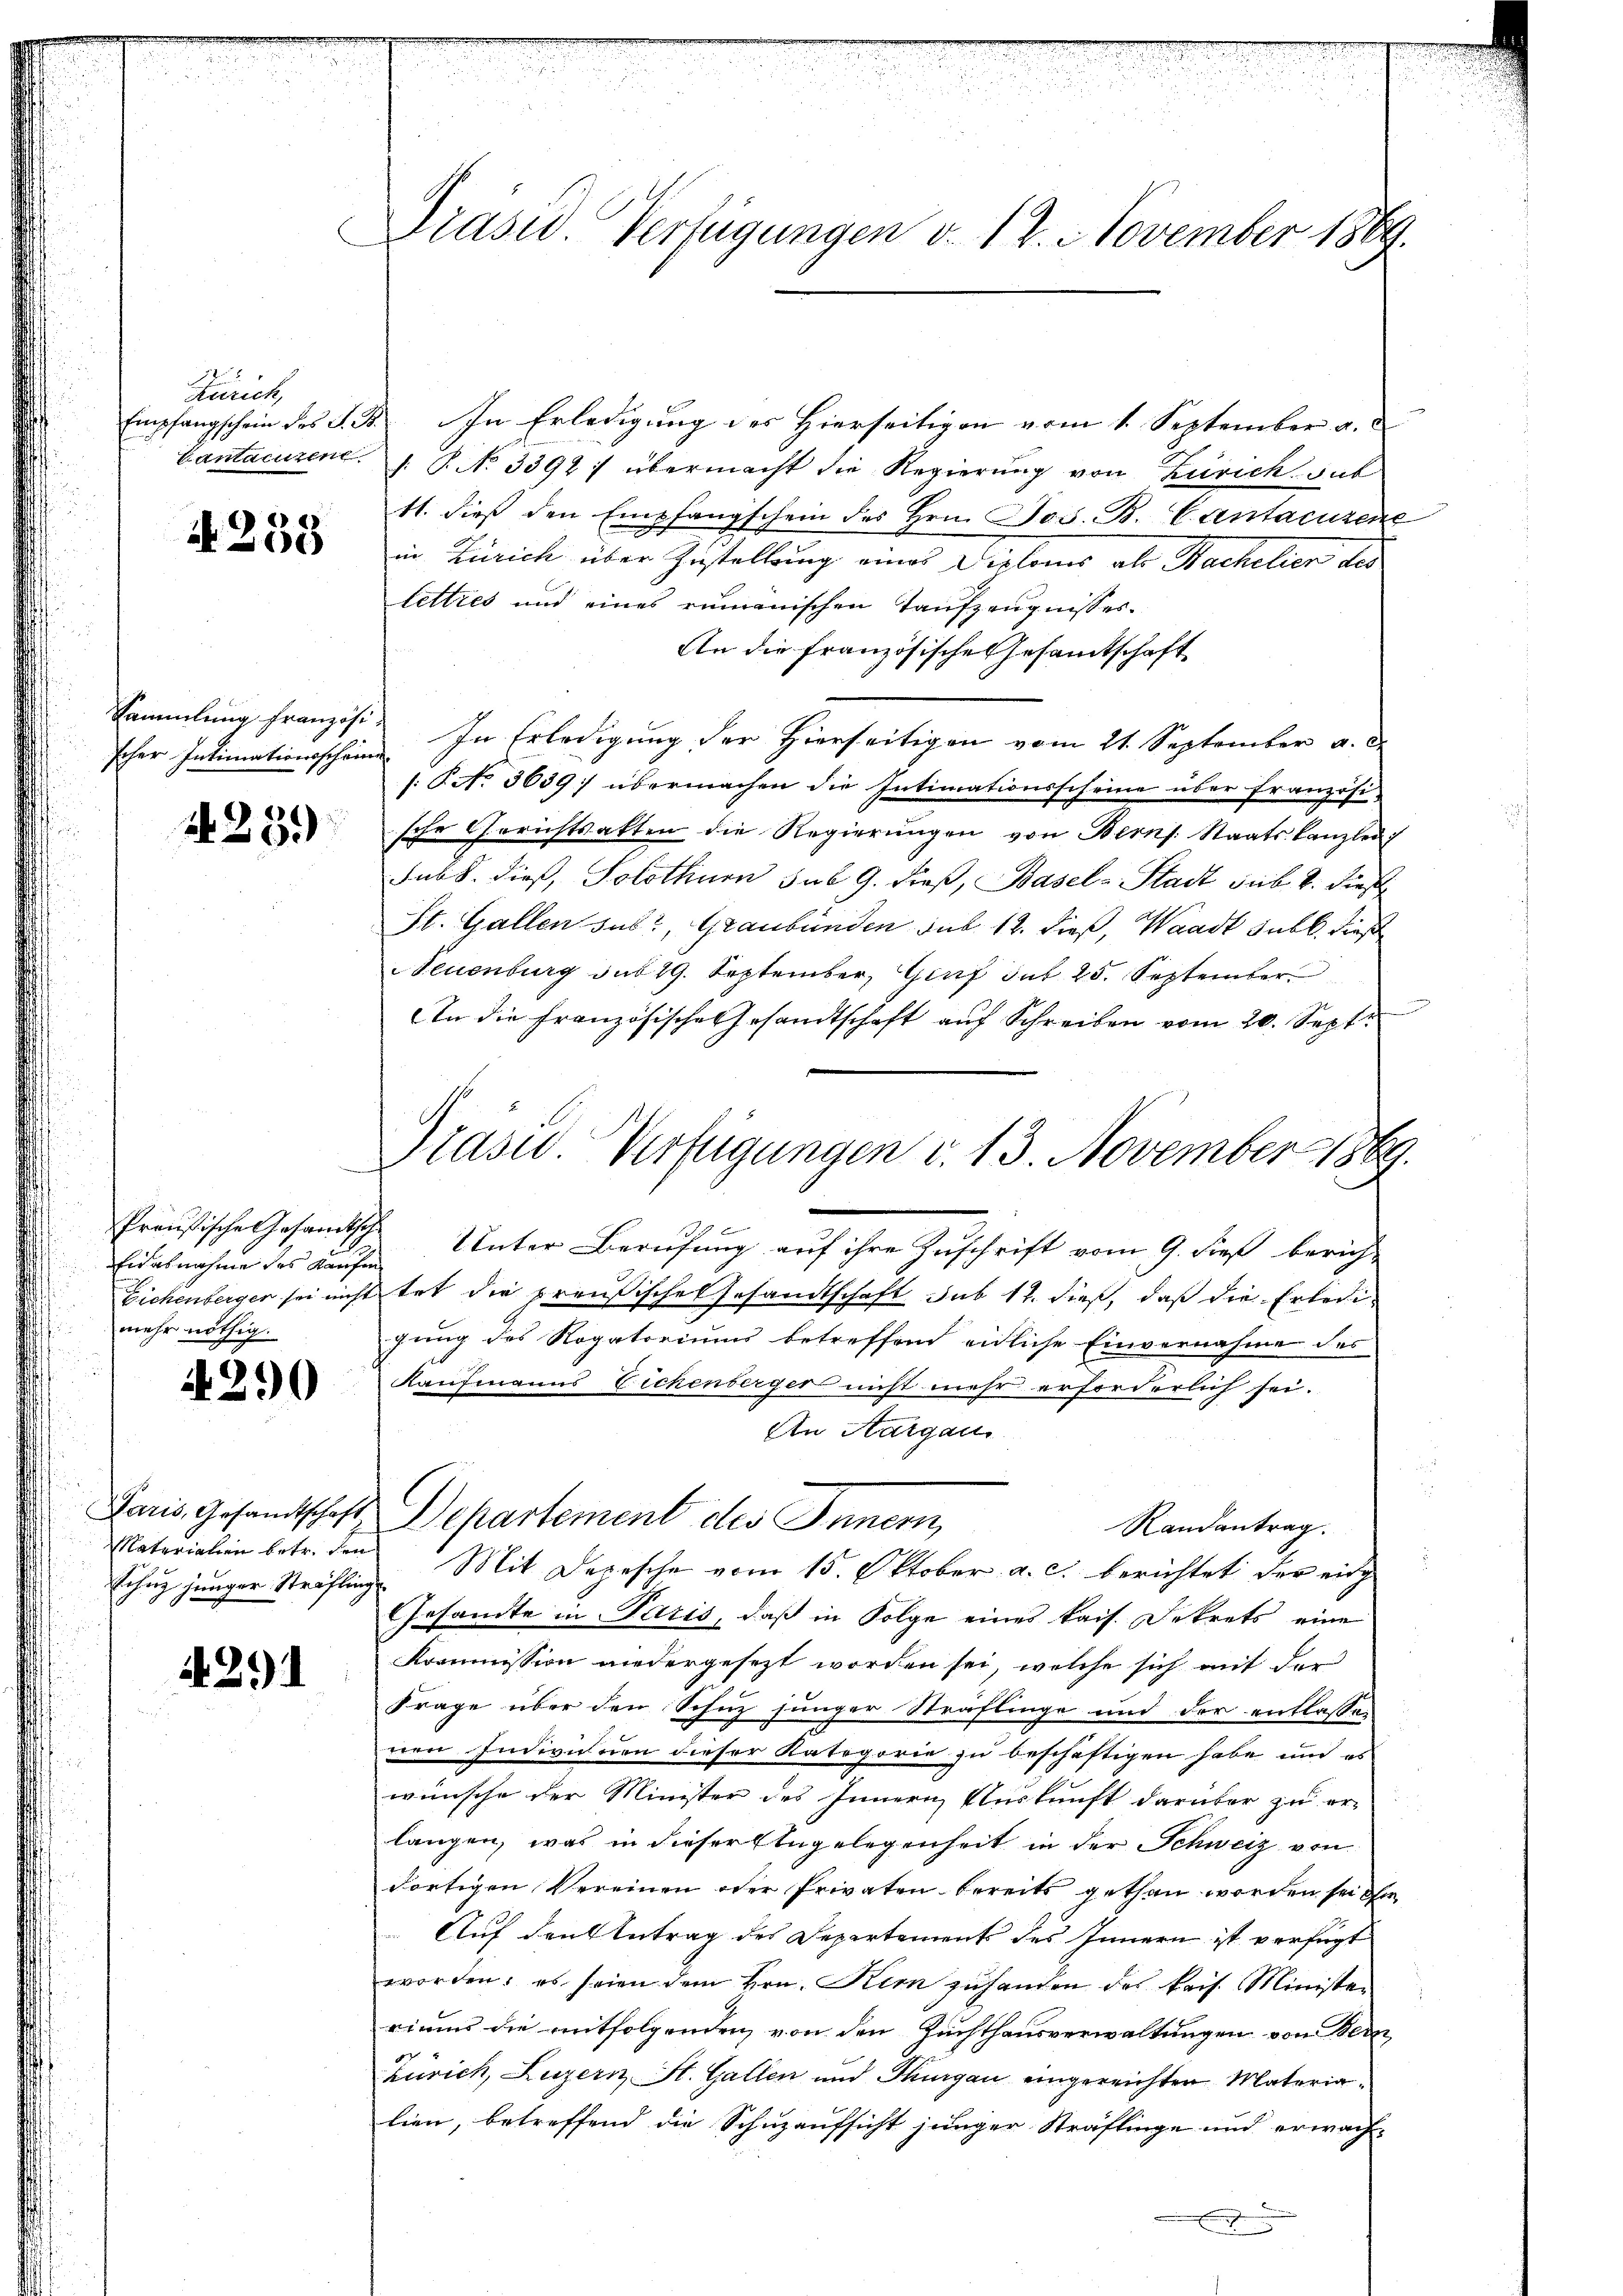
Hanck
Empfangschein des S. 33
Cantatutene

A 258

Sammlung französi
scher Intimationsschein

1281)

Präusische Gesandtsch
Eidasnahme des Kaufen
Eichenberger sei nicht
mehr nöthig.

290

Paris, Gesandtschaft
Materialien betr. den
Eihnz junger Sträfling

A. 291

.
Präses Verfügungen v. 12. November 1869.

Praser Verfügungen v. 13. November 1889.

In Erledigung des Hierseitigen vom 1. September a.
: P. No 3392: übermacht die Regierung von Zürich sub
11. dieß den Empfangschein des Hrn. Jos. B. Cantacuzene
in Zürich über Zustellung eines Diplomes als Bachelier des
lettres und eines rumanischen Taufzeugnisses.
An die französische Gesamtschaft
In Erledigung der Hierseitigen vom 21. September a. c.
/: P. No. 3639) übermachen die Intimationsscheine über französi-
sche Gerichtsatten die Regierŭngen von Berns. Staatskanzlei
sub 8. dieß, Solothurn sub 9. dieß, Basel-Stadt sub. 2. Dies
St. Gallen sus, Graubünden sub 12. dieß, Waadt sub. diese
Neuenburg sub 19. September, Genf gut 25. September
An die französische Gesandtschaft aŭf Schreiben vom 20. Sept.
Unter Berufung auf ihre Zuschrift vom 9. dieß berichtet die preußischen Gesandtschaft sub 12. dieß, daß die Erledigung des Rogatoriums betreffend endliche Einvernahme des
Kaufmanns Eichenberger nicht mehr erforderlich sei.
An Aargaus
Departement des Innern,
Randantrag.
Mit Depesche vom 15. Oktober a. c. berichtet der eidg
Gesandte in Paris, daß in Folge eines kais. Dekrets eine
Kommission niedergesezt worden sei, welche sich mit der
Frage über den Schinz junger Straflinge und der entlassen
ren Individuen dieser Kategorie zu beschäftigen habe und es
wünsche der Minister des Innern Auskunft darüber zu er-
langen, was in dieser Engelegenheit in der Schweiz von
dortigen Vereinen oder Privaten bereits gethan worden sei ihm
Auf den Antrag des Departement des Innern ist verfügt
worden; es seien dem Hrn. Kern zuhanden des kais. Ministen
riums die mitfolgenden, von den Zuchthausverwaltungen von Bern
Zürich, Luzern St. Gallen und Thurgau eingereichten Materialien, betreffend die Schuzaufsicht junger Sträflinge und erwach-
f

.